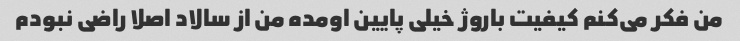
من فکر می‌کنم کیفیت باروژ خیلی پایین اومده من از سالاد اصلا راضی نبودم